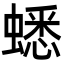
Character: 蟋